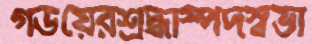
গডয়েরশ্রদ্ধাস্পদস্বভা